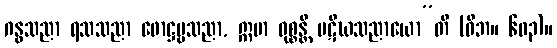
ဂန္ဓသညာ ရသသညာ ဖောဋ္ဌဗ္ဗသညာ, ဣမာ ဝုစ္စန္တိ ပဋိဃသညာယော”တိ (ဝိဘ။ ၆၀၃)။